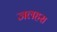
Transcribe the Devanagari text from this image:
जलहरा